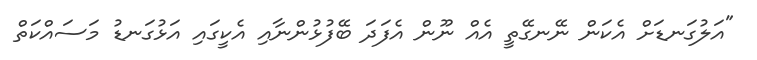
"އަލުގަނޑަށް އެކަން ނޭނގޭތީ އެއް ނޫން އެފަދަ ބޭފުޅުންނާއި އެކީގައި އަޅުގަނޑު މަސައްކަތް